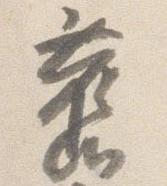
旧